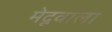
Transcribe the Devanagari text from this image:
मेदूवाला